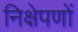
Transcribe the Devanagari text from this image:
निक्षेपणों